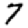
Digit: 7